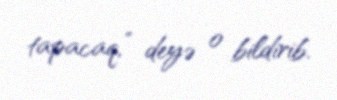
tapacaq,” deyə o bildirib.